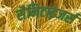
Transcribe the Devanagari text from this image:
सैनिटाइजर्स